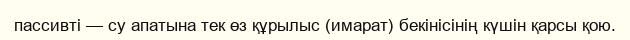
пассивті — су апатына тек өз құрылыс (имарат) бекінісінің күшін қарсы қою.